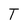
Character: T